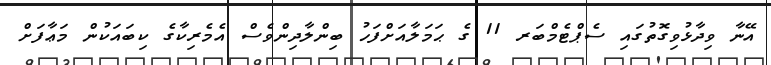
އޭނާ ވިދާޅުވިގޮތުގައި ސެޕްޓެމްބަރ 11 ގެ ޙަމަލާއަށްފަހު ބިންލާދިންވެސް އެމެރިކާގެ ކިބައަކުން މަޢާފަށް